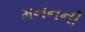
મનનની